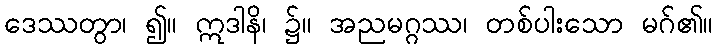
ဒေဿတွာ၊ ၍။ ဣဒါနိ၊ ၌။ အညမဂ္ဂဿ၊ တစ်ပါးသော မဂ်၏။